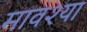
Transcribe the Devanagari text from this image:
मावश्या